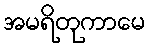
အမရိတုကာမေ